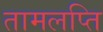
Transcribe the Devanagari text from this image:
तामलप्ति